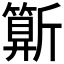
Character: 𣃍